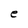
Character: e